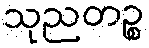
သုညတဉ္စ